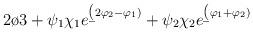
LaTeX: \begin{align*}{2\o 3} + \psi_1 \chi_1e^{\b (2\varphi_2- \varphi_1)} + \psi_2 \chi_2 e^{\b (\varphi_1+\varphi_2)}\end{align*}